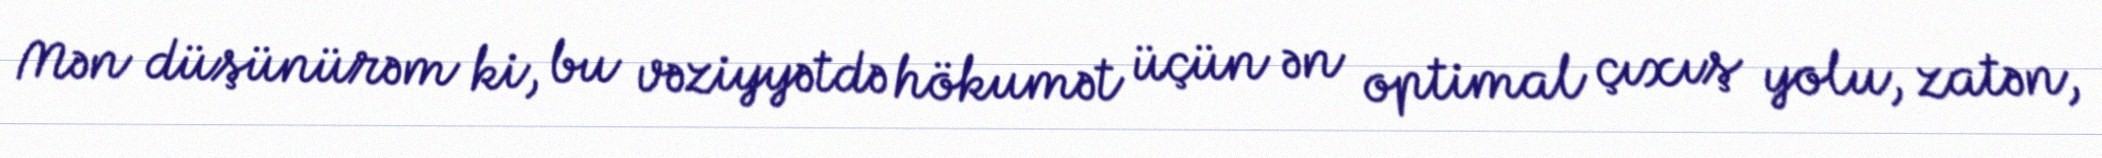
Mən düşünürəm ki, bu vəziyyətdə hökumət üçün ən optimal çıxış yolu, zatən,